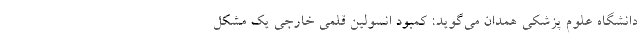
دانشگاه علوم پزشکی همدان می‌گوید: کمبود انسولین قلمی خارجی یک مشکل